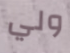
ولي